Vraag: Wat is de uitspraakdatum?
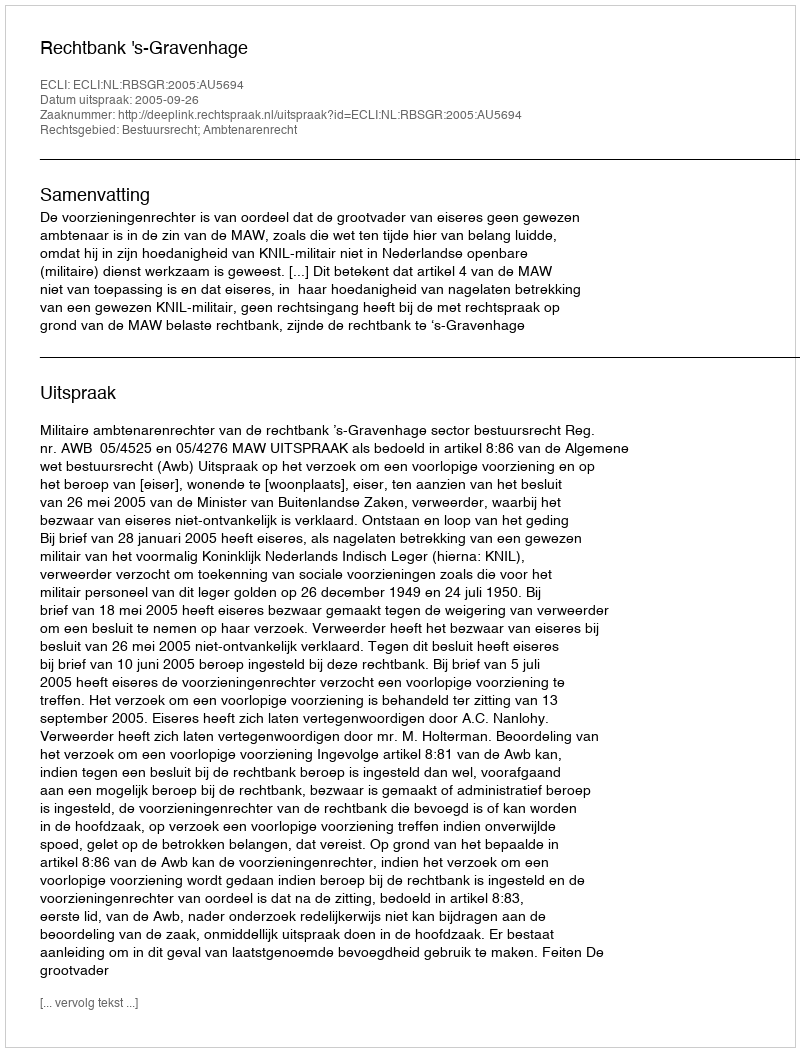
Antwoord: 2005-09-26